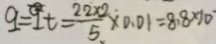
q = I t = \frac { 2 2 \times 2 } { 5 } \times 0 . 0 1 = 8 . 8 \times 1 0